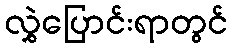
လွှဲပြောင်းရာတွင်